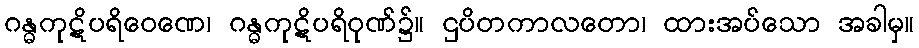
ဂန္ဓကုဋိပရိဝေဏေ၊ ဂန္ဓကုဋိပရိဝုဏ်၌။ ဌပိတကာလတော၊ ထားအပ်သော အခါမှ။